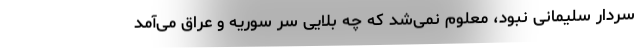
سردار سلیمانی نبود، معلوم نمی‌شد که چه بلایی سر سوریه و عراق می‌آمد